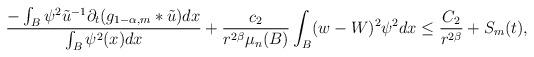
LaTeX: \begin{align*}\frac{-\int_{B}\psi^{2}\tilde{u}^{-1}\partial_{t}(g_{1-\alpha,m}*\tilde{u})dx}{\int_{B}\psi^{2}(x)dx} + \frac{c_{2}}{r^{2\beta}\mu_{n}(B)}\int_{B}(w-W)^{2}\psi^{2}dx \leq\frac{C_{2}}{r^{2\beta}} + S_{m}(t),\end{align*}